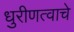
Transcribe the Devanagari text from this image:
धुरीणत्वाचे